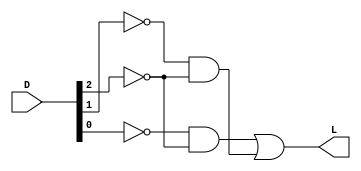
// lines start with // is a comment
// name: p2.v // gate level model

module p2(L, D); //you list all inputs and outputs, by convention outputs go first
	output L; // this tells the compile which lines are inputs and outputs
	input[2:0] D;
	
	not n2 (inv_D2, D[2]); // defines the inverter gate, see figure
	not n1 (inv_D1, D[1]); // defines the inverter gate, see figure
	not n0 (inv_D0, D[0]); // defines the inverter gate, see figure
	
	and a0 (a0_o, inv_D0, inv_D2); // defines the a0 gate, see figure
	and a1 (a1_o, inv_D1, inv_D2); // defines the a1 gate, see figure
	or o0 (L, a0_o, a1_o); // defines the o0 gate, see figure
endmodule